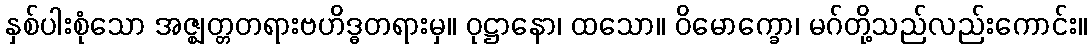
နှစ်ပါးစုံသော အဇ္ဈတ္တတရားဗဟိဒ္ဓတရားမှ။ ဝုဋ္ဌာနော၊ ထသော။ ဝိမောက္ခော၊ မဂ်တို့သည်လည်းကောင်း။